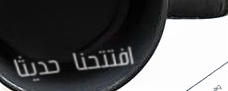
افتتحنا حديثاً